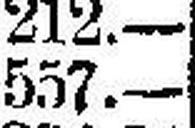
557.—